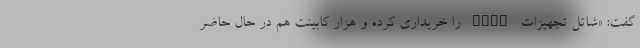
گفت: «شاتل تجهیزات VDSL را خریداری کرده و هزار کابینت هم در حال حاضر